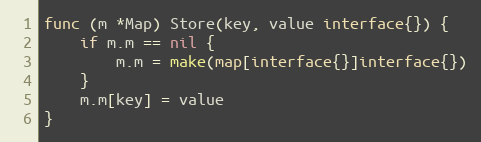
Language: Go
func (m *Map) Store(key, value interface{}) {
	if m.m == nil {
		m.m = make(map[interface{}]interface{})
	}
	m.m[key] = value
}